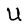
Character: U